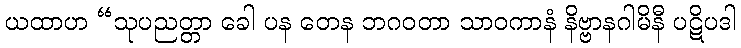
ယထာဟ “သုပညတ္တာ ခေါ ပန တေန ဘဂဝတာ သာဝကာနံ နိဗ္ဗာနဂါမိနီ ပဋိပဒါ